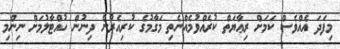
މިފަދަ އެއްވެސް ކަމަށް ރިޢާޔަތް ކުރެއްވުމެއްނެތި މަގާމުގެ ކުރިއެރުން ދިނުން ހުއްޓާލުމަށް ނިންމި